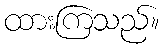
ထားကြသည်။